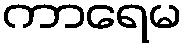
ကာရေမ